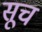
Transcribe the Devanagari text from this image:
सूच